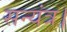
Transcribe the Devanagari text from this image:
सन्यंत्र।